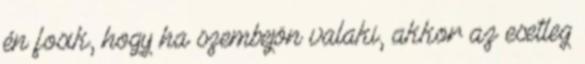
én fosik, hogy ha szembejön valaki, akkor az esetleg